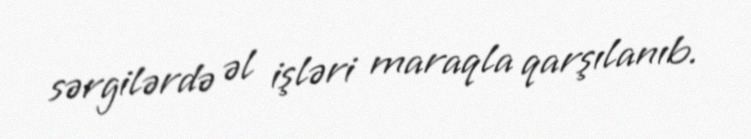
sərgilərdə əl işləri maraqla qarşılanıb.